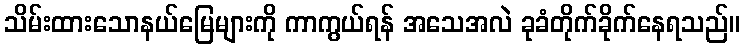
သိမ်းထားသောနယ်မြေများကို ကာကွယ်ရန် အသေအလဲ ခုခံတိုက်ခိုက်နေရသည်။